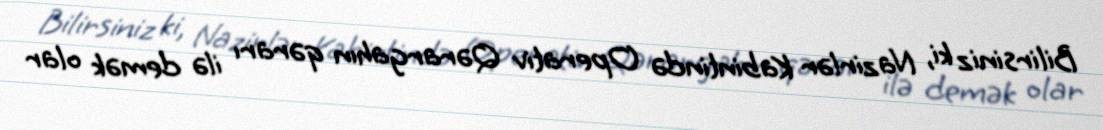
Bilirsiniz ki, Nazirlər Kabintində Operativ Qərargahın qərarı ilə demək olar